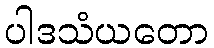
ပါဒသံယတော